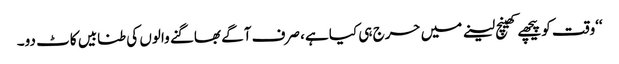
‘‘وقت کو پیچھے کھینچ لینے میں حرج ہی کیا ہے، صرف آگے بھاگنے والوں کی طنابیں کاٹ دو۔